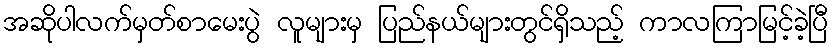
အဆိုပါလက်မှတ်စာမေးပွဲ လူများမှ ပြည်နယ်များတွင်ရှိသည့် ကာလကြာမြင့်ခဲ့ပြီ